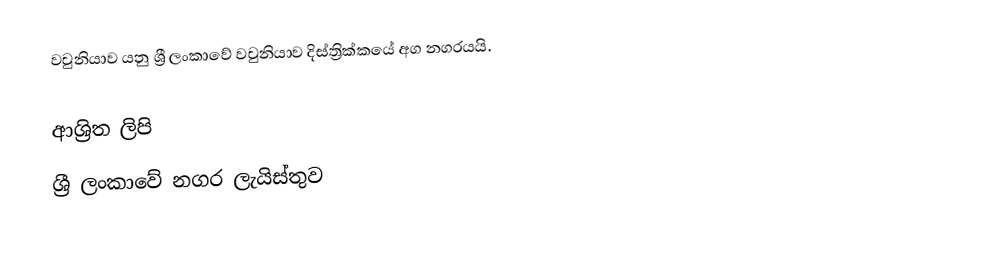
වවුනියාව යනු ශ්‍රී ලංකාවේ  වවුනියාව දිස්ත්‍රික්කයේ අග නගරයයි.

ආශ්‍රිත ලිපි
ශ්‍රී ලංකාවේ නගර ලැයිස්තුව